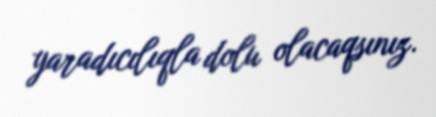
yaradıcılıqla dolu olacaqsınız.